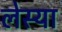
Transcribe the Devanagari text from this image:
लेस्या